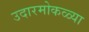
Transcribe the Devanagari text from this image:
उदारमोकळ्या